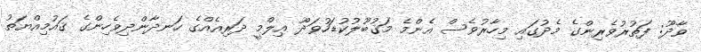
ވާދޫ: ފަތުރުވެރިންގެ މެދުގައި މިހާރުވެސް އެންމެ މަޤުބޫލުކުޑަހުވަދޫ ޢިލްމީ ދަރިއެއްގެ ހަނދާންދިވެހިންގެ ޤައުމިއްޔަތު